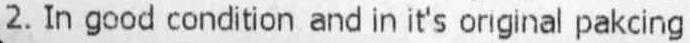
2. IN GOOD CONDITION AND IN IT'S ORIGINAL PAKCING